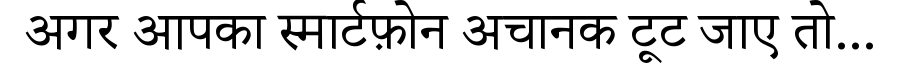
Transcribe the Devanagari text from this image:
अगर आपका स्मार्टफ़ोन अचानक टूट जाए तो...